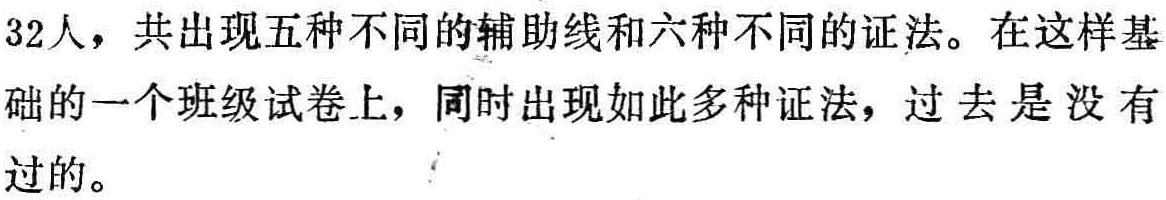
32人，共出现五种不同的辅助线和六种不同的证法。在这样基
础的一个班级试卷上，同时出现如此多种证法，过去是没有
过的。